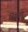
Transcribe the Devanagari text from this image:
बिगडता